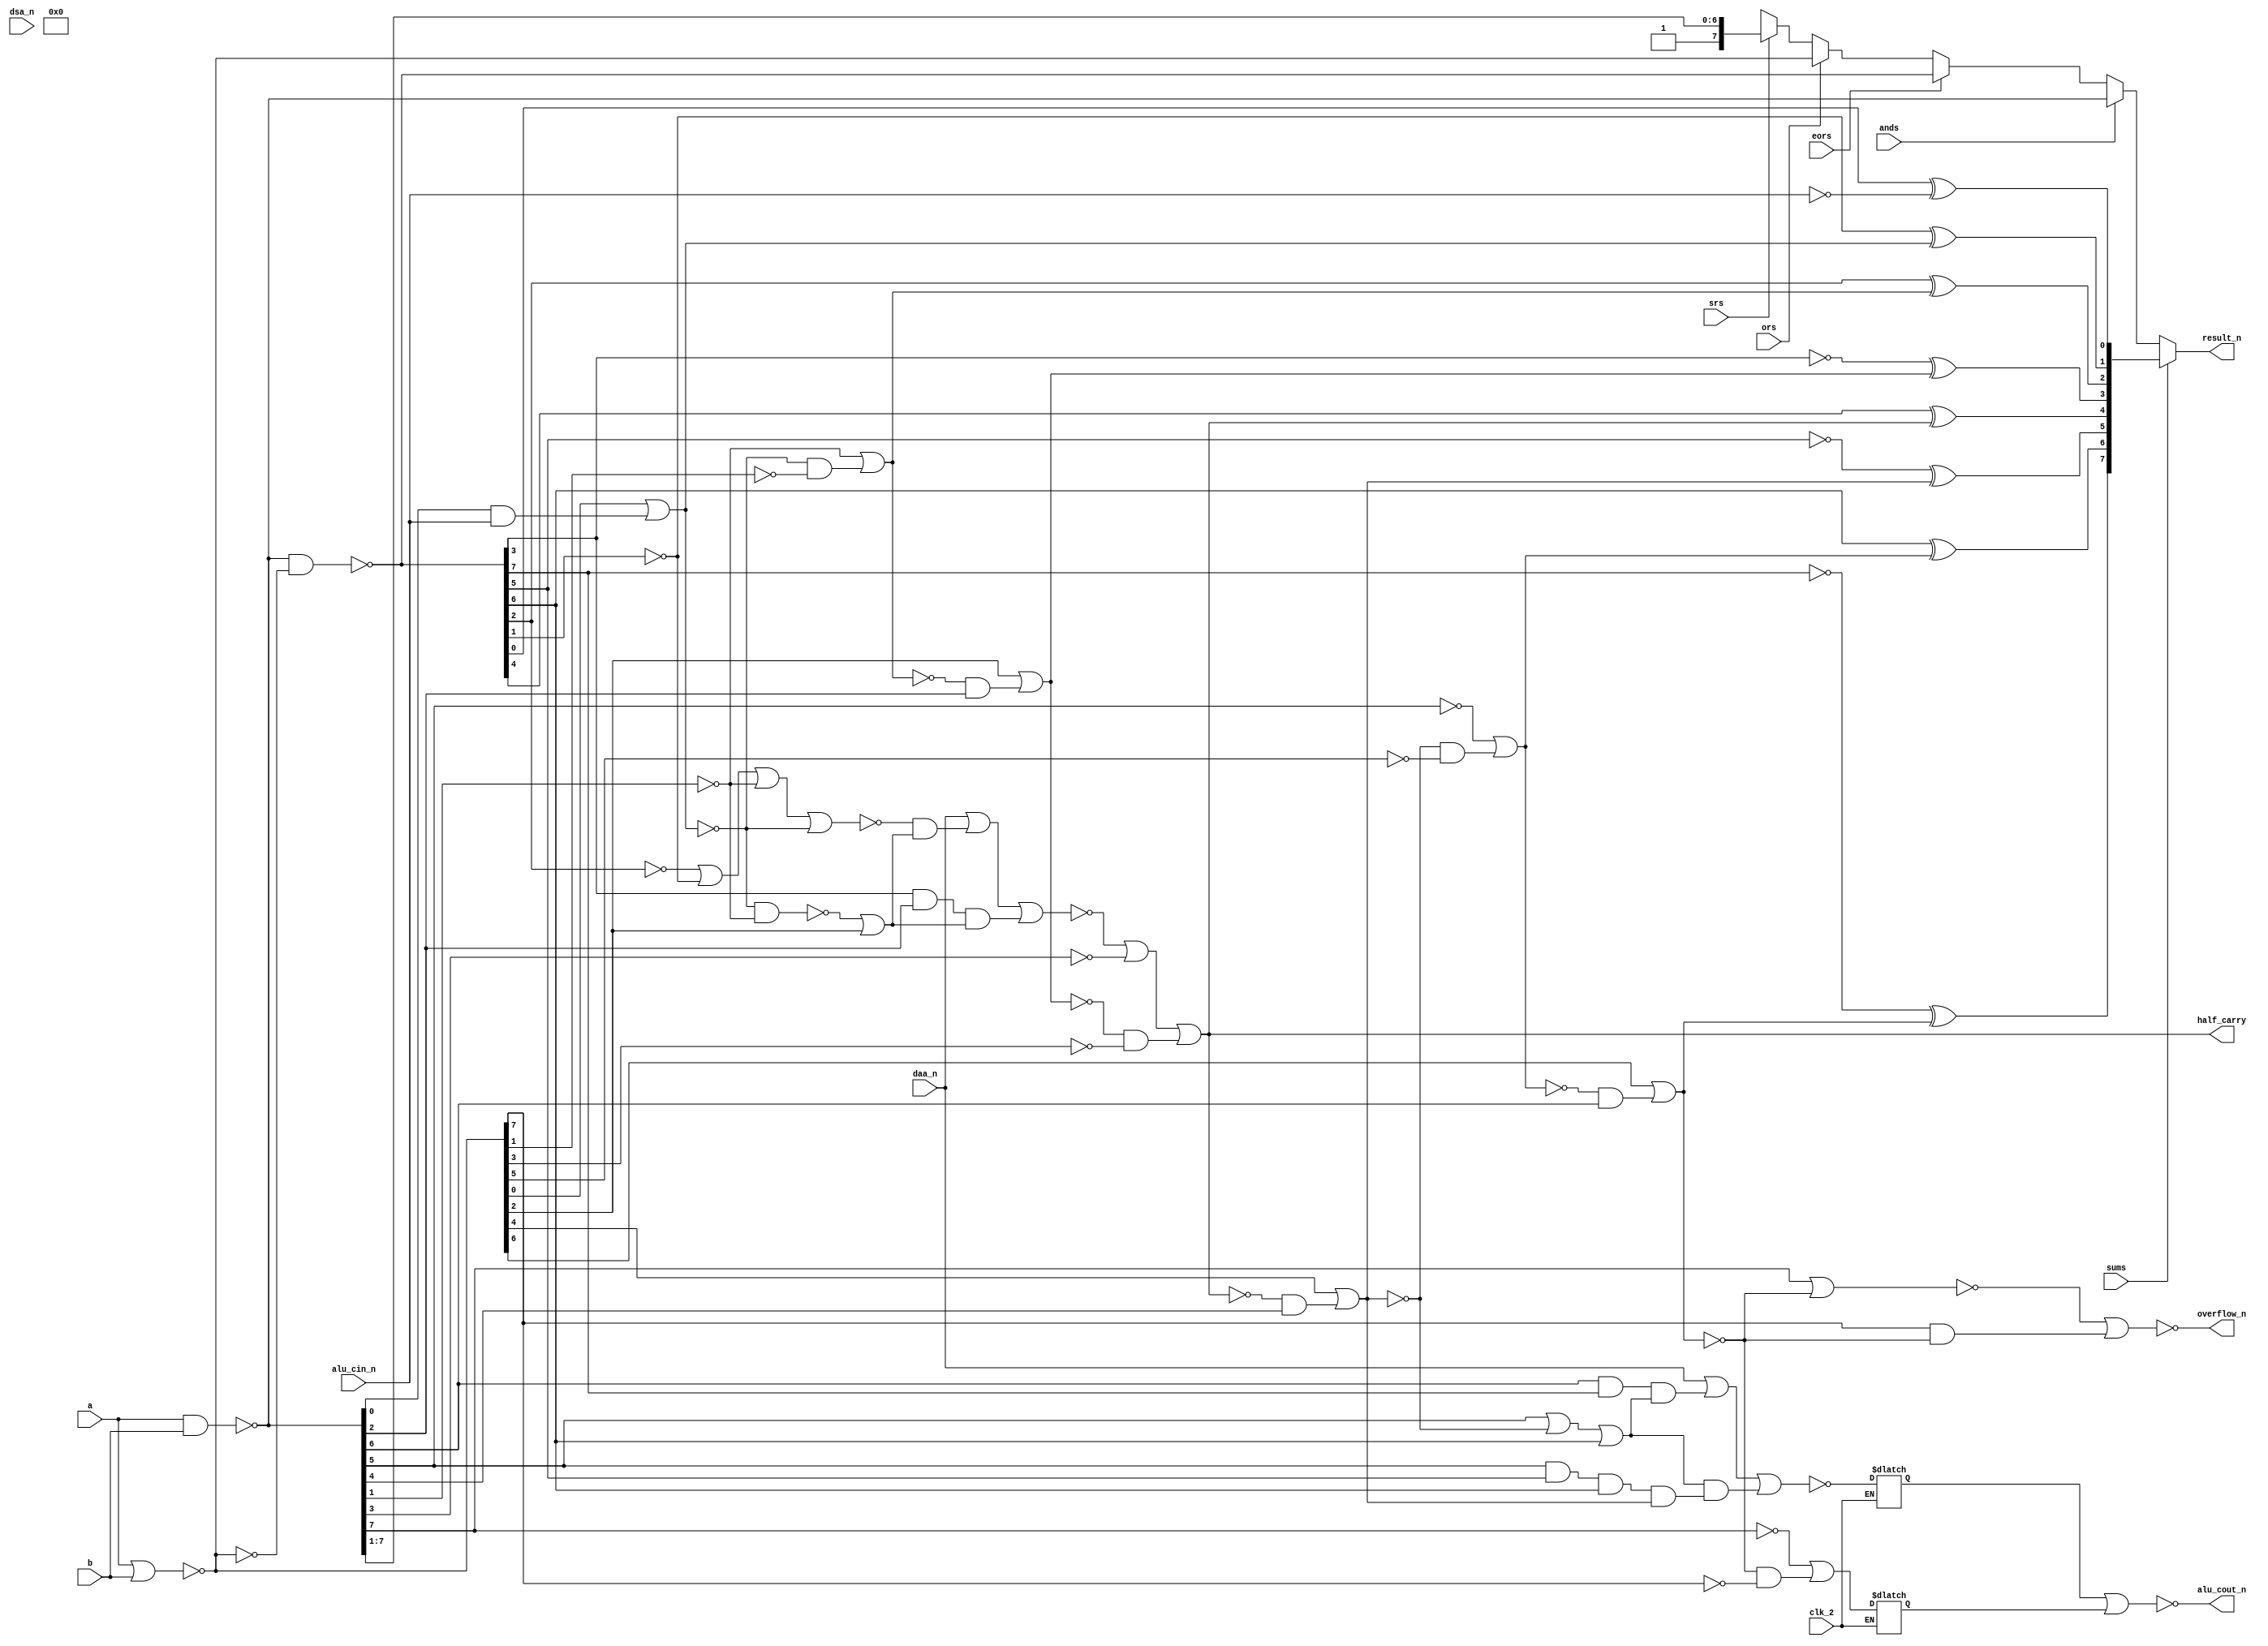
module alu(clk_2, sums, ands, eors, ors, srs, a, b, alu_cin_n, daa_n, dsa_n, overflow_n, half_carry, alu_cout_n, result_n);
    input clk_2;
    input sums;            //net: 921
    input ands;            //net: 574
    input eors;            //net: 1666
    input ors;             //net: 59
    input srs;             //net: 362
    input [7:0] a;         //a side input
    input [7:0] b;         //b side input
    input alu_cin_n;       //net: 1165; alu carry in (active low)
    input daa_n;           //net: 1201; decimal add adjust
    input dsa_n;           //net: 725; decimal subtract adjust
    output overflow_n;     //net: 1308; overflow out (active low)
    output half_carry;     //net: 78; half carry between bits 3 and 4 (active high)
    output alu_cout_n;     //net: 412
    output [7:0] result_n;

    assign half_carry = ~carry_out[3];  //carry out from lower nibble

    //partial results
    wire [7:0] a_nor_b = ~(a | b);
    wire [7:0] a_nand_b = ~(a & b);
    wire [7:0] a_neor_b = ~(a_nand_b & ~a_nor_b);   //not exclusive or
    //for shift right, the cpu will load the data to shift into both the a and b side registers and then shift a_nand_b
    //Zero is put into the high bit, but remember our result_n in the ALU has opposite polarity so shift in 1
    wire [7:0] shifted = {1'b1, a_nand_b[7], a_nand_b[6], a_nand_b[5], a_nand_b[4], a_nand_b[3], a_nand_b[2], a_nand_b[1]};

    /*************************************************************************************************
    *
    *                                        decimal carry
    * dc34 = decimal half carry from bit 3 to 4
    * dc78 = decimal full carry from bit 7
    *
    *************************************************************************************************/
    //dc34 decimal half carry
    wire da_c01 = ~(a_nor_b[0] | (a_nand_b[0] & alu_cin_n)); //net: 623; decimal adjust carry bit 0 to 1
    wire net_388 = ~(~a_neor_b[2] | ~a_neor_b[1] | ~a_nand_b[1] | da_c01); //net: 388
    wire not_da_or_and1 = ~(da_c01 & ~a_nand_b[1]); //net: 319
    wire not_da_or_and1_or_nor2 = not_da_or_and1 | a_nor_b[2]; //net: 972
    wire neor3_and_nand2 = a_neor_b[3] & a_nand_b[2]; //net: 1610
    wire dc34 = ~(daa_n | (net_388 & not_da_or_and1_or_nor2) | (neor3_and_nand2 & not_da_or_and1_or_nor2)); //net: 1372

    //dc78 decimal full carry
    wire a_nand_b_or_c_45 = a_nand_b[5] | carry_out[4]; //net 757
    wire possible_dec_adjust = a_nand_b_or_c_45 | a_neor_b[6]; //net: 1030
    wire nand6_and_neors7 = a_nand_b[6] & a_neor_b[7]; //net: 269
    wire net_570 = a_nand_b[5] & a_neor_b[5] & a_neor_b[6] & ~carry_out[4];
    wire dc78 = ~(daa_n | (nand6_and_neors7 & possible_dec_adjust) | (possible_dec_adjust & net_570)); //net: 333

    /*************************************************************************************************
    *
    *                                       carry chain
    *
    *************************************************************************************************/
    wire [7:0] carry_out;
    assign carry_out[0] = ~(a_nor_b[0] | (alu_cin_n & a_nand_b[0]));  //net: 1285; aka c01
    assign carry_out[1] = ~(~a_nand_b[1] | (carry_out[0] & ~a_nor_b[1])); //net: 1112; aka ~c12
    assign carry_out[2] = ~(a_nor_b[2] | (carry_out[1] & a_nand_b[2]));  //net: 1023; aka c23
    assign carry_out[3] = ~(dc34 | ~a_nand_b[3] | (carry_out[2] & ~a_nor_b[3])); //net: 1424; aka ~c34, aka half_carry_n
    assign carry_out[4] = ~(a_nor_b[4] | (carry_out[3] & a_nand_b[4]));  //net: 142; aka c45
    assign carry_out[5] = ~(~a_nand_b[5] | (carry_out[4] & ~a_nor_b[5])); //net: 427; aka c56_n
    assign carry_out[6] = ~(a_nor_b[6] | (carry_out[5] & a_nand_b[6]));  //net: 1314; aka c67
    assign carry_out[7] = ~(~a_nand_b[7] | (carry_out[6] & ~a_nor_b[7])); //net: 1327; aka ~c78

    //the final alu carry output depends on both the decimal and binary carries
    reg dc78_c2; //net: 164; decimal carry
    reg c78_c2;  //net: 560; binary carry
    assign alu_cout_n = ~(dc78_c2 | c78_c2);  //net: 412

    /*************************************************************************************************
    *
    *                                        a_plus_b (plus carry in)
    *
    *************************************************************************************************/
    wire [7:0] a_plus_b;
    assign a_plus_b[0] = a_neor_b[0] ^ ~alu_cin_n;      //net: 371;
    assign a_plus_b[1] = ~a_neor_b[1] ^ ~carry_out[0];  //net: 965;
    assign a_plus_b[2] = a_neor_b[2] ^ ~carry_out[1];   //net: 22;
    assign a_plus_b[3] = ~a_neor_b[3] ^ ~carry_out[2];  //net: 274;
    assign a_plus_b[4] = a_neor_b[4] ^ ~carry_out[3];   //net: 651;
    assign a_plus_b[5] = ~a_neor_b[5] ^ ~carry_out[4];  //net: 486;
    assign a_plus_b[6] = a_neor_b[6] ^ ~carry_out[5];   //net: 1197;
    assign a_plus_b[7] = ~a_neor_b[7] ^ ~carry_out[6];  //net: 532;

    /*************************************************************************************************
    *
    *                                     result_n
    * result_n will be inverted after being clocked by clk_2 in the adder hold reg
    *
    *************************************************************************************************/
    assign result_n = (sums) ? a_plus_b :
                      (ands) ? a_nand_b :
                      (eors) ? a_neor_b :
                      (ors)  ? a_nor_b :
                      (srs)  ? shifted :
                      1'bx;

  /*************************************************************************************************
   *
   *                                  overflow_out_n
   * Overflow occurs when an operation on two signed numbers results in an overflow.
   *
   *************************************************************************************************/
   //carry_out[6] is the carry from bit 6 of the alu to bit 7 of the alu
   assign overflow_n = ~(~(a_nand_b[7] | carry_out[6]) | (a_nor_b[7] & carry_out[6])); //net: 1308

   /*************************************************************************************************
    *
    *                                  latch signals on clk_2
    *
    *************************************************************************************************/
    always @(*)
      if (clk_2)
        begin
          dc78_c2 <= dc78;
          c78_c2 <= ~carry_out[7];
        end


 endmodule